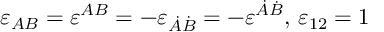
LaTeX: \varepsilon _ { A B } = \varepsilon ^ { A B } = - \varepsilon _ { \dot { A } \dot { B } } = - \varepsilon ^ { \dot { A } \dot { B } } , \, \varepsilon _ { 1 2 } = 1